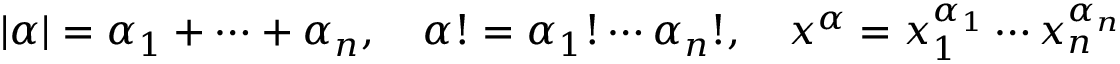
| \alpha | = \alpha _ { 1 } + \cdots + \alpha _ { n } , \quad \alpha ! = \alpha _ { 1 } ! \cdots \alpha _ { n } ! , \quad { \boldsymbol { x } } ^ { \alpha } = x _ { 1 } ^ { \alpha _ { 1 } } \cdots x _ { n } ^ { \alpha _ { n } }